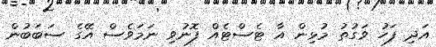
އަދި ފަހު ވަގުތު މުޅިން އާ ޓެސްޓެއް ފޮނުވި ނަމަވެސް އޭގެ ސަބަބުން